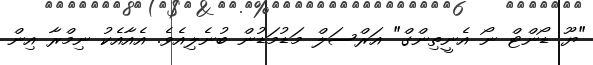
"ޔޫ ޑޯންޓް ނޯ އެނީތިންގް" އަރްސަލް މަޑުމަޑުން ބުނެލިއެވެ. އެއާއެކު ނިމްރާ އިން